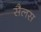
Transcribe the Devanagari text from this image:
सैलस